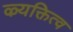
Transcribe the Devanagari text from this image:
ऴ्यक्तित्व